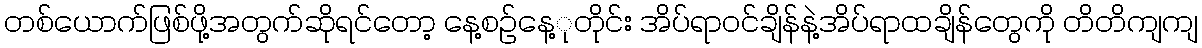
တစ်ယောက်ဖြစ်ဖို့အတွက်ဆိုရင်တော့ နေ့စဉ်နေ့ုတိုင်း အိပ်ရာဝင်ချိန်နဲ့အိပ်ရာထချိန်တွေကို တိတိကျကျ